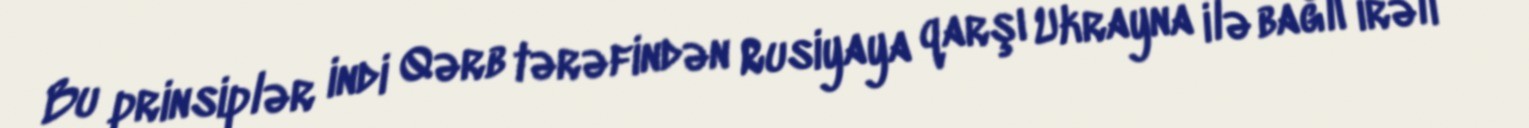
Bu prinsiplər indi Qərb tərəfindən Rusiyaya qarşı Ukrayna ilə bağlı irəli